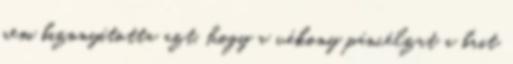
nem bizonyította azt, hogy a vékony páncélzat a brit